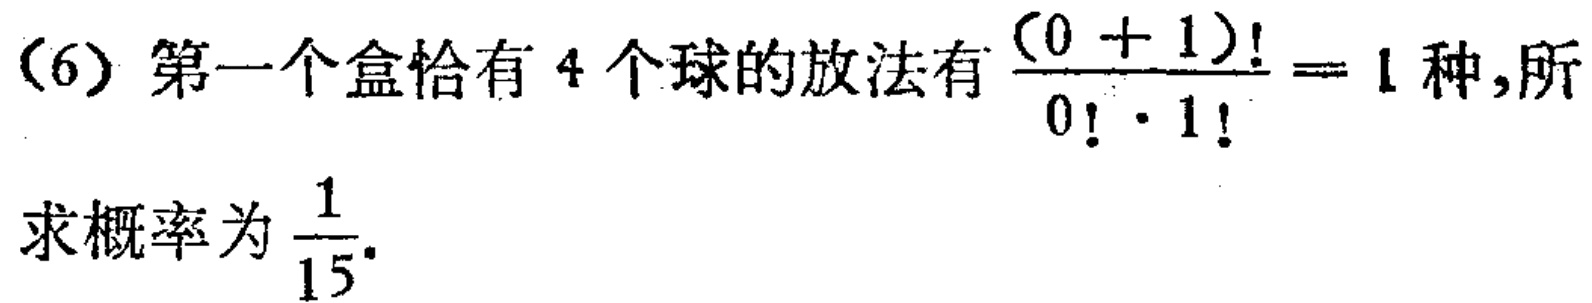
(6) 第一个盒恰有 4 个球的放法有 $\frac{(0 + 1)!}{0! \cdot 1!} = 1$ 种, 所求概率为 $\frac{1}{15}$.